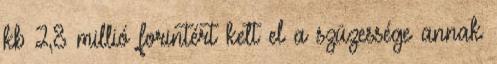
kb 2,8 millió forintért kelt el a szüzessége annak